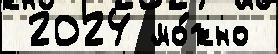
 2024 мо́жно